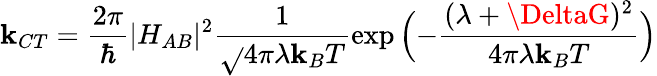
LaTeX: \mathbf{k}_{CT}=\frac{{2\pi}}{{\hbar}}|H_{AB}|^{2}\frac{{1}}{{\sqrt{}{{4\pi\lambda\mathbf{k}_{B}T}}}}\exp{\Bigl(-\frac{{(\lambda+\DeltaG)^{2}}}{{4\pi\lambda\mathbf{k}_{B}T}}}\Bigr)